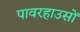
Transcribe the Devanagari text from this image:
पावरहाउसों